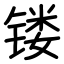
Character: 镂